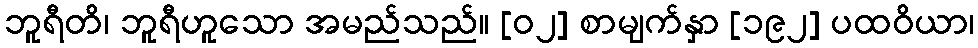
ဘူရီတိ၊ ဘူရီဟူသော အမည်သည်။ [၀၂] စာမျက်နှာ [၁၉၂] ပထဝိယာ၊